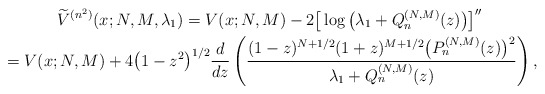
\begin{gather*} \widetilde{V}^{( n^{2}) }(x;N,M,\lambda _{1}) =V( x;N,M) -2\big[ \log \big( \lambda _{1}+Q_{n}^{(N,M) }(z) \big) \big] ^{\prime \prime } \\ {}= V(x;N,M) +4\big( 1-z^{2}\big) ^{1/2}\frac{d}{dz}\left( \frac{(1-z) ^{N+1/2}(1+z) ^{M+1/2}\big( P_{n}^{(N,M) }(z) \big) ^{2}}{\lambda _{1}+Q_{n}^{(N,M) }(z) }\right) ,\end{gather*}